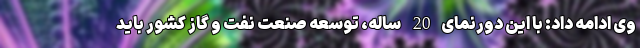
وی ادامه داد: با این دورنمای20 ساله، توسعه صنعت نفت و گاز کشور باید